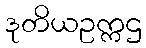
ဒုတိယဥက္ကဌ